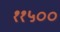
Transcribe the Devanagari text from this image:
११५००